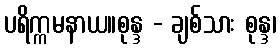
ပရိက္ကမနာယ။စုန္ဒ - ချစ်သား စုန္ဒ၊